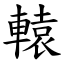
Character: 轅